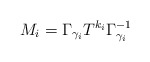
\begin{align*}M_i= \Gamma_{\gamma_i} T^{k_i} \Gamma_{\gamma_i}^{-1}\end{align*}